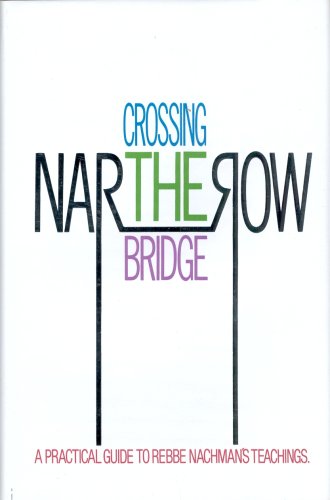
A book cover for Crossing the Narrow Bridge: A Practical Guide to Rebbe Nachman's Teachings; Chaim Kramer; Religion & Spirituality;